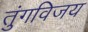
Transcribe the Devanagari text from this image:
तुंगविजय